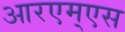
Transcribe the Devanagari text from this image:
आरएम्एस